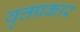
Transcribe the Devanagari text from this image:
वृत्तप्रकार